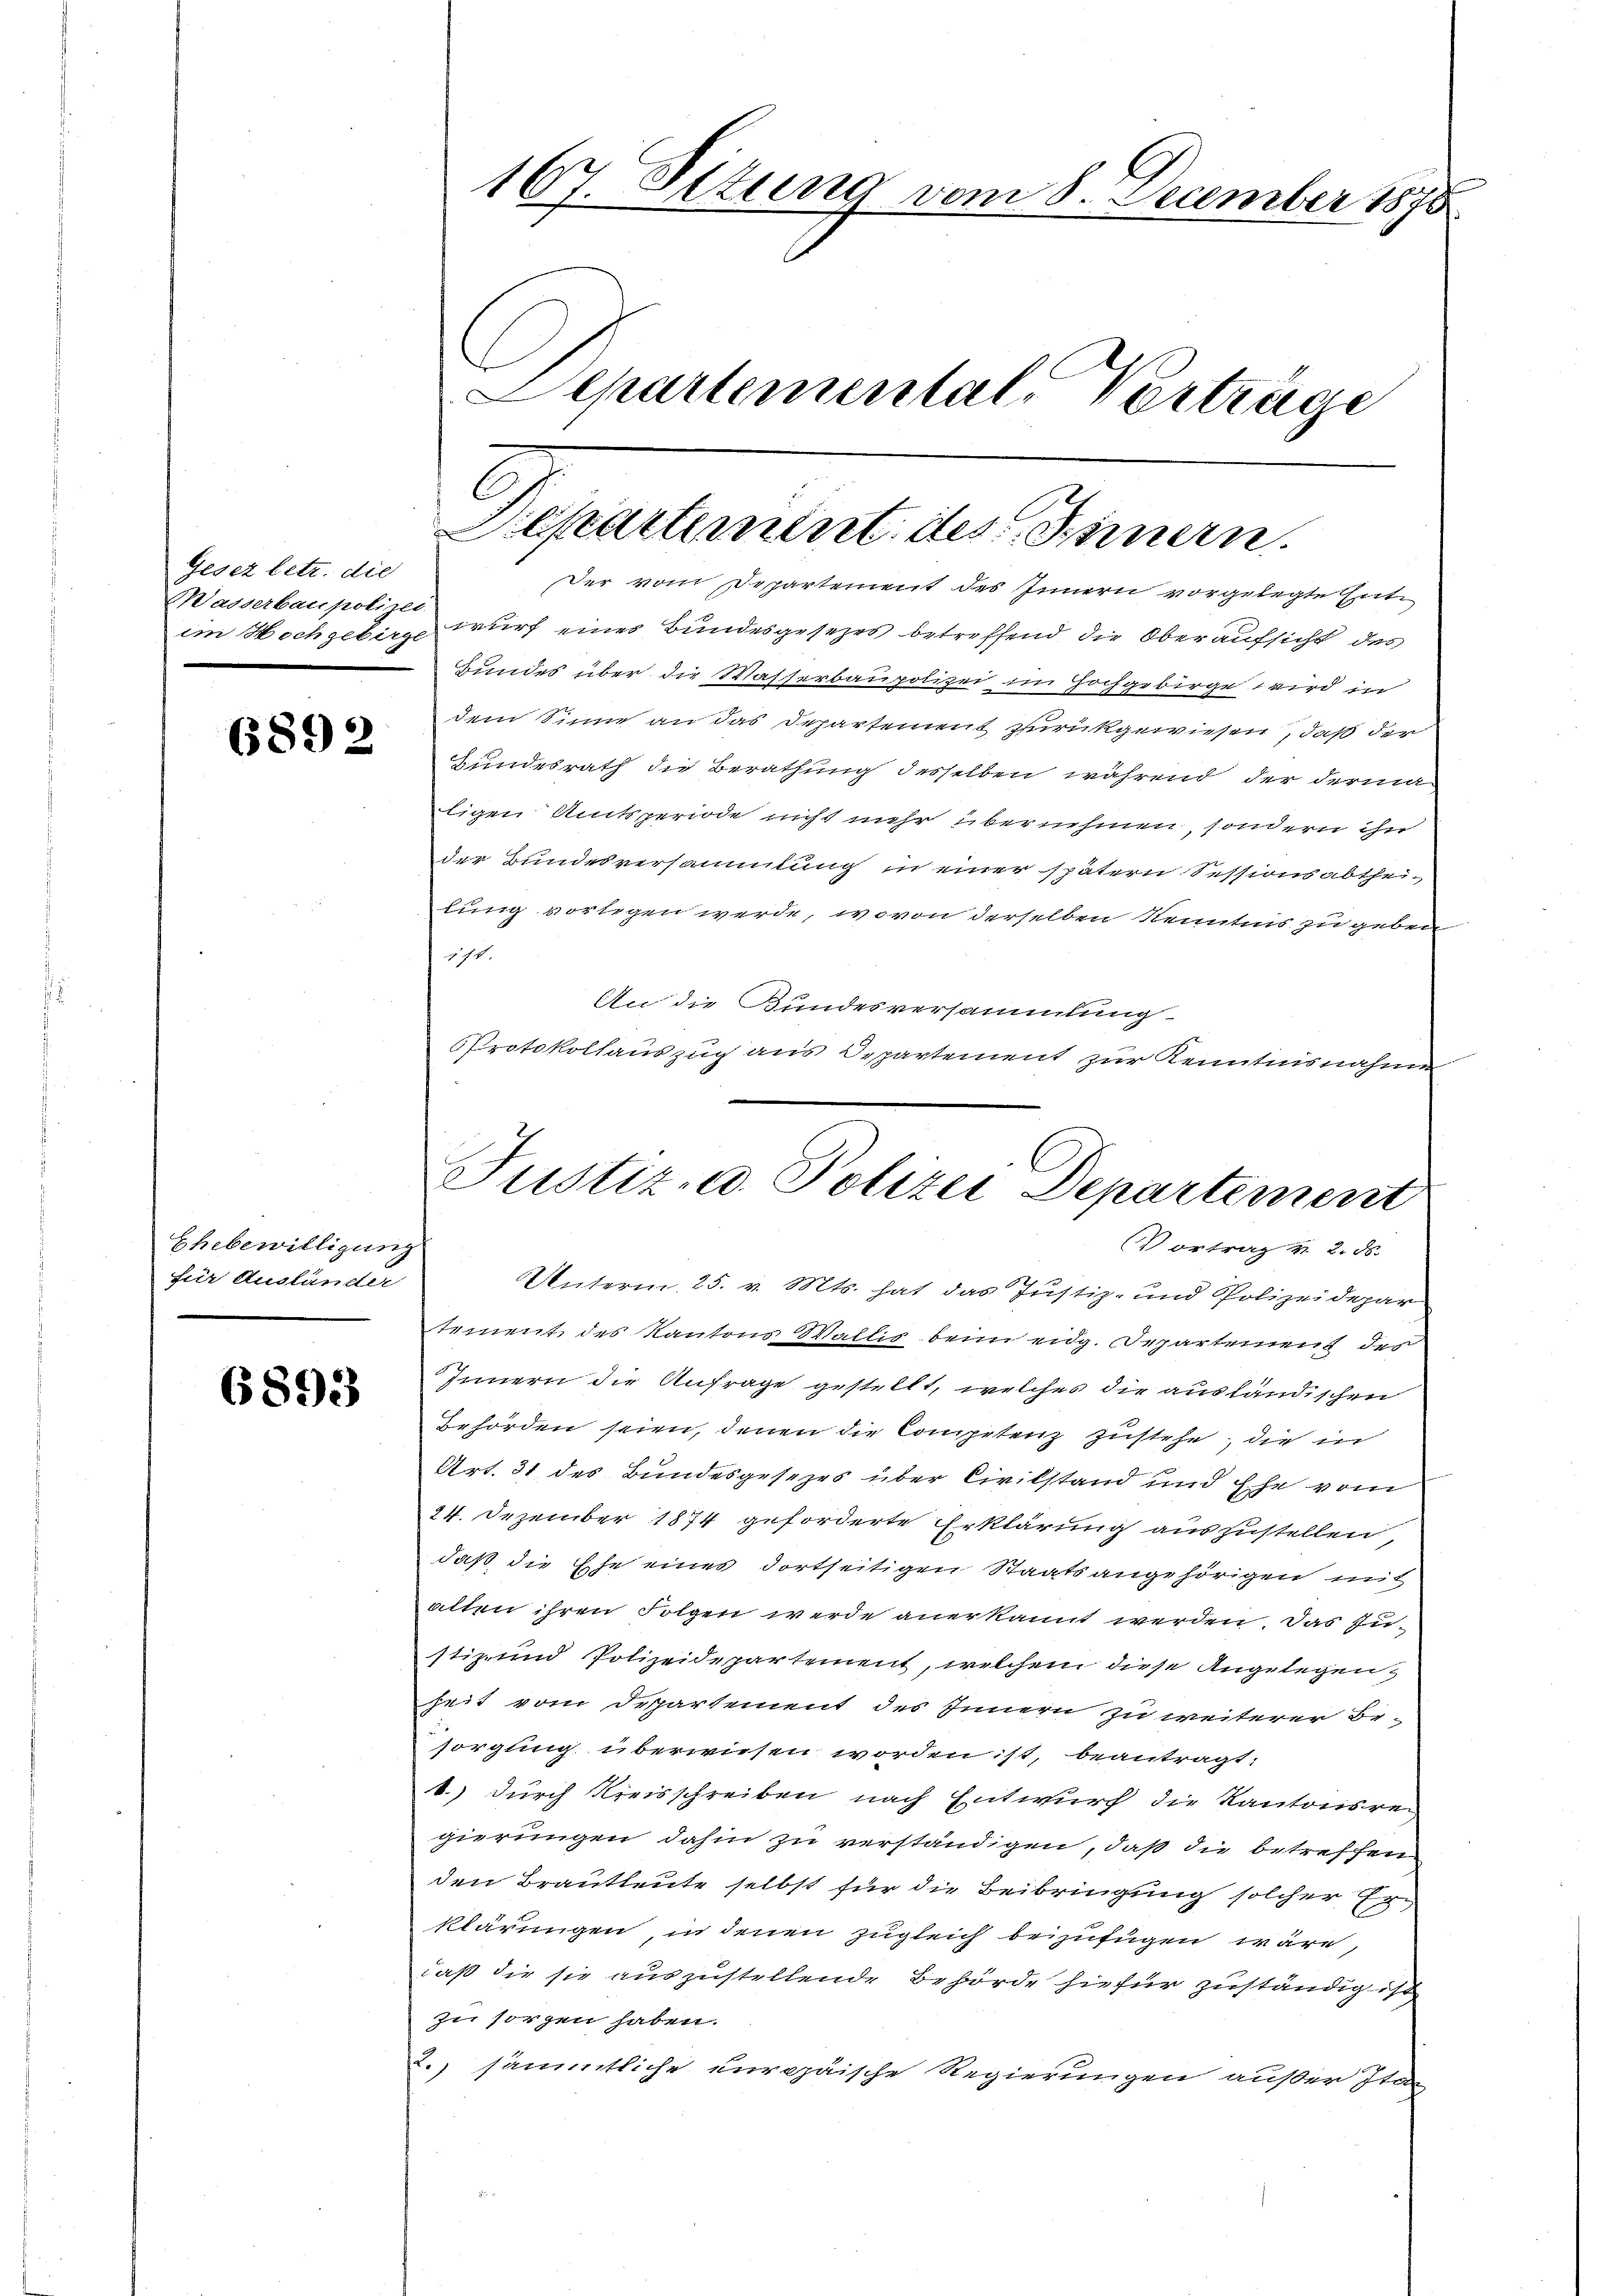
Gesez betr. die
Wasserbaupolizei.

6892

Ehebewilligung
für Ausländer

6893

167. Ottung vom 8. December 1878
Departemental Verträge

C
Departement des Innern.
Der vom Departement des Innern vorgelegte Ent¬

im Hochgebirg wurf eines Bundesgesetzes betreffend die Oberaufsicht des
Bundes über die Wasserbaupolizei im Hochgebirge wird in
dem Sinne an das Departement zurückgewiesen, daß der
Bundesrath die Berathung desselben während der Ferma
ligen Amtsperiode nicht mehr übernehmen, sondern ihn
der Bundesversammlung in einer spätern Sessionsabtheilung vorlegen werde, wovon derselben Kenntnis zu geben
271.
An die Bundesversammlung
Protokollauszug aus Departement zur Kenntnisnahme

Justiz- u. Polizei Departement
Vortrag v. 2. d.

Unterm 25. v. Mts. hat das Justiz- und Polizeidepar
tement des Kantons Wallis beim eidg. Departement des
Innern die Anfrage gestellt, welches die ausländischen
behörden seien, denen die Competenz zustehe, die in
Art. 31 des Bundesgesezes über Civilstand und Ehe vom
24. Dezember 1874 geforderte Erklärung auszustellen,
daß die Ehe eines dortseitigen Staatsangehörigen mit
alten ihren Folgen werde anerkannt werden. Das Zustiz- und Polizeidepartement, welchem diese Angelegen
heit vom Departement des Innern zu weiterer be-
sorgung überwiesen worden ist, beantragt:
1.) durch Kreisschreiben nach Entwurf die Kantonsrei
gierungen dahin zu verständigen, daß die betreffen
den Brautleute selbst für die Beibringung solcher Erklärungen, in denen zugleich beizufügen wäre,
daß die sie auszustellende Behörde hiefür zuständig ist
zu sorgen haben.
2.) sämmtliche europäische Regierungen außer Ita